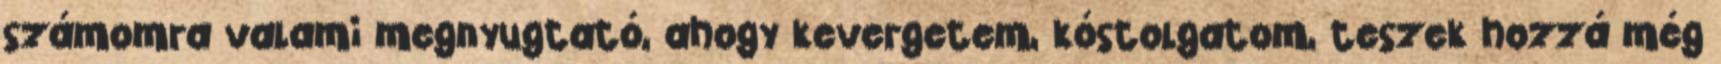
számomra valami megnyugtató, ahogy kevergetem, kóstolgatom, teszek hozzá még